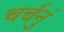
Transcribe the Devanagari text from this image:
चर्चनुं